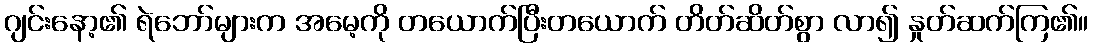
ဂျင်းနော့၏ ရဲဘော်များက အမေ့ကို တယောက်ပြီးတယောက် တိတ်ဆိတ်စွာ လာ၍ နှုတ်ဆက်ကြ၏။